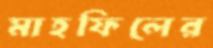
মাহফিলের